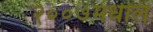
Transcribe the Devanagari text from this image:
२००७मधील